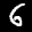
Label: 6